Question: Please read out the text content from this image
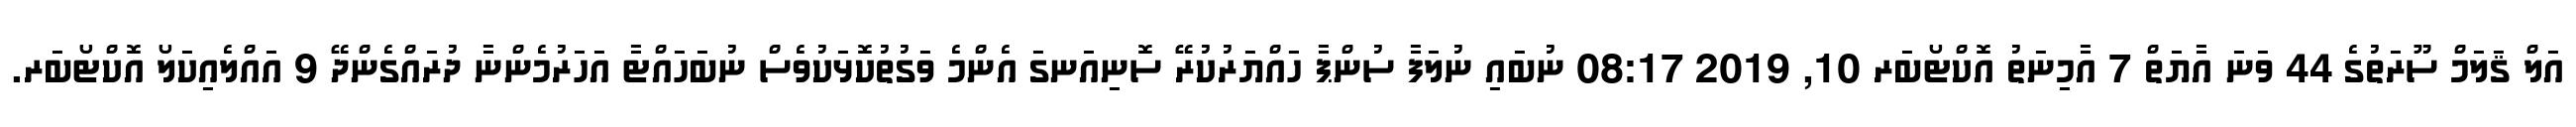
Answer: އަލް ޤަލަމް ސޫރަތުގެ 44 ވަނަ އާޔަތް 7 އާމިނަތު އޮކްޓޯބަރ 10, 2019 08:17 ނުބައި ނުލަފާ ސުންޕާ ހަައްޔަރުކުރޭ ސޮނިއަނގަ އެންމެ ވަގުތުކޮޅަކުވެސް ނުބަހައްޓާ އަހަރުމެންނާ ދުރައްގެންދޭ 9 އައްލެއިކަލޯ އޮކްޓޯބަރ.